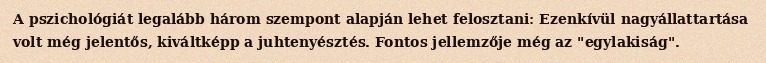
A pszichológiát legalább három szempont alapján lehet felosztani: Ezenkívül nagyállattartása volt még jelentős, kiváltképp a juhtenyésztés. Fontos jellemzője még az "egylakiság".